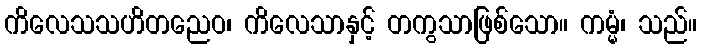
ကိလေသသဟိတညေဝ၊ ကိလေသာနှင့် တကွသာဖြစ်သော။ ကမ္မံ၊ သည်။